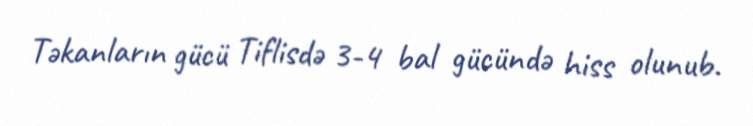
Təkanların gücü Tiflisdə 3-4 bal gücündə hiss olunub.